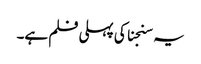
یہ سنجنا کی پہلی فلم ہے۔